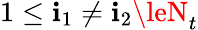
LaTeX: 1\le\mathbf{i}_{1}\neq\mathbf{i}_{2}\leN_{t}